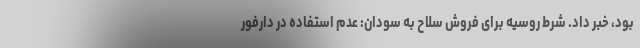
بود، خبر داد. شرط روسیه برای فروش سلاح به سودان: عدم استفاده در دارفور